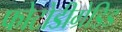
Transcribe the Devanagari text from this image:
फोटोडीग्रेडिड